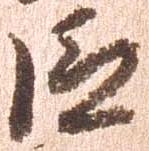
巨